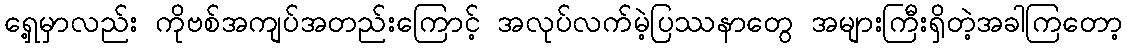
ရှေ့မှာလည်း ကိုဗစ်အကျပ်အတည်းကြောင့် အလုပ်လက်မဲ့ပြဿနာတွေ အများကြီးရှိတဲ့အခါကြတော့